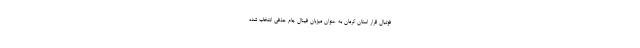
فوتبال قرار استان کرمان به عنوان میزبان فینال جام حذفی انتخاب شده